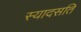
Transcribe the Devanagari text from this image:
स्यादसति